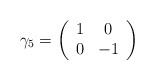
\begin{align*}\gamma_5=\left ( \begin{array}{cc}1&0\\0&-1\end{array} \right )\end{align*}